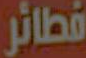
فطائر